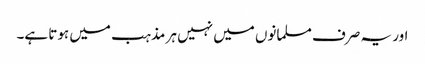
اور یہ صرف مسلمانوں میں نہیں ہر مذہب میں ہوتا ہے۔